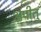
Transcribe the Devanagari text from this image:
अपीतु